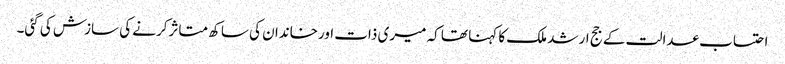
احتساب عدالت کے جج ارشد ملک کا کہنا تھا کہ میری ذات اورخاندان کی ساکھ متاثرکرنے کی سازش کی گئی۔